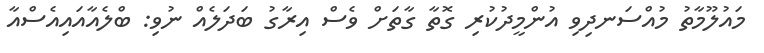
މައުލޫމާތު މުއްސަނދިވި އުންމީދުކުރި ގޮތާ ގާތަށް ވެސް އިރާގު ބަދަލެއް ނުވި: ބްލެއާއައިއެސްއާ